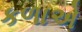
કળાએ